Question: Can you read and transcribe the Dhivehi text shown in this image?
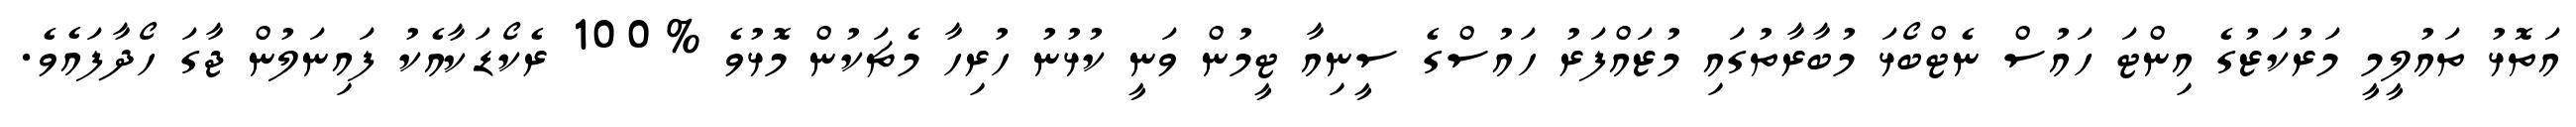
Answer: އަތޮޅު ތައުލީމީ މަރުކަޒުގެ އިންޓަ ހައުސް ނެޓްބޯޅަ މުބާރާތުގައި މުޒައްފަރު ހައުސްގެ ސީނިއާ ޓީމުން ވަނީ ކުޅުނު ހުރިހާ މެޗަކުން މޮޅުވެ %100 ރެކޯޑަކާއެކު ފައިނަލުން ޖާގަ ހޯދާފައެވެ.